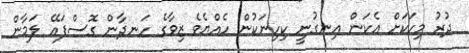
ދުރު މިހަކަށް އެކަން އިނގުނީ ކިހިނަކުން ހެއްޔެވެ ޒިވާގެ ހަނދާން ގޮސްފައޭ ލަމާން